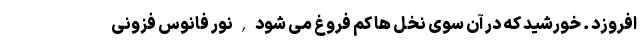
افروزد . خورشید که در آن سوی نخل ها کم فروغ می شود , نور فانوس فزونی